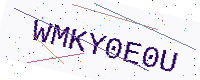
Text: WMKY0E0U